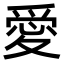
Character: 愛